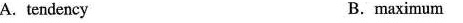
A.tendency B.maximum